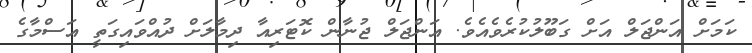
ކަމަށް އަންޖަލް އަށް ގަބޫލުކުރެވެއެވެ. އަންޖަލް ޖުނާން ކޮޓަރިއާ ދިމާލަށް ދުއްވައިގަތީ އަސްމާގެ